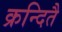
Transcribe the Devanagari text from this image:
क्रन्दितै